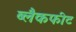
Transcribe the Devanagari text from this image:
ब्लैकफीट